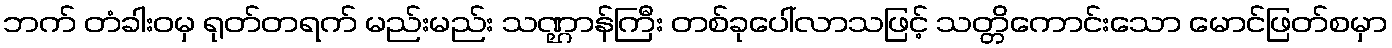
ဘက် တံခါးဝမှ ရုတ်တရက် မည်းမည်း သဏ္ဌာန်ကြီး တစ်ခုပေါ်လာသဖြင့် သတ္တိကောင်းသော မောင်ဖြတ်စမှာ